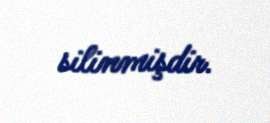
silinmişdir.